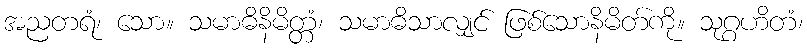
အညတရံ၊ သော။ သမာဓိနိမိတ္တံ၊ သမာဓိသာလျှင် ဖြစ်သောနိမိတ်ကို။ သုဂ္ဂဟိတံ၊